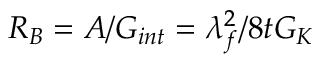
R _ { B } = A / G _ { i n t } = \lambda _ { f } ^ { 2 } / 8 t G _ { K }